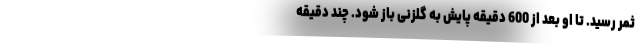
ثمر رسید. تا او بعد از 600 دقیقه پایش به گلزنی باز شود. چند دقیقه